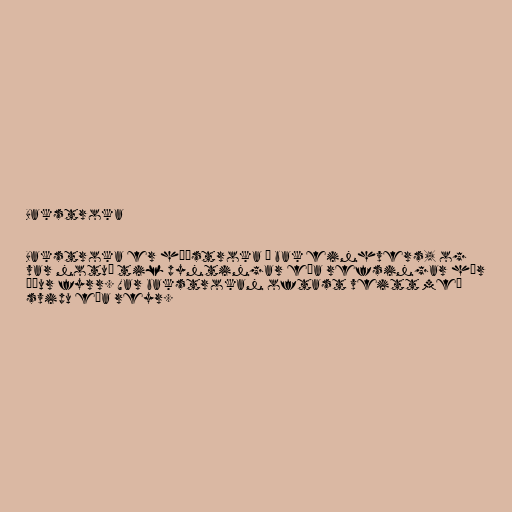
Bakstroka

Bakstroka er húðstroka á bak einhvers, og
var notuð til pyntingar eða refsingar hér
áður fyrr. Var bakstrokan oftast veitt með
svipu eða reyr.